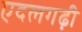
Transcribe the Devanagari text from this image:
एदलगढ़ी